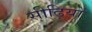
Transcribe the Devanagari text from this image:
सीढ़ियों